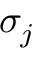
\sigma _ { j }